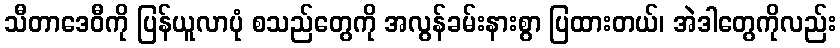
သီတာဒေဝီကို ပြန်ယူလာပုံ စသည်တွေကို အလွန်ခမ်းနားစွာ ပြထားတယ်၊ အဲဒါတွေကိုလည်း